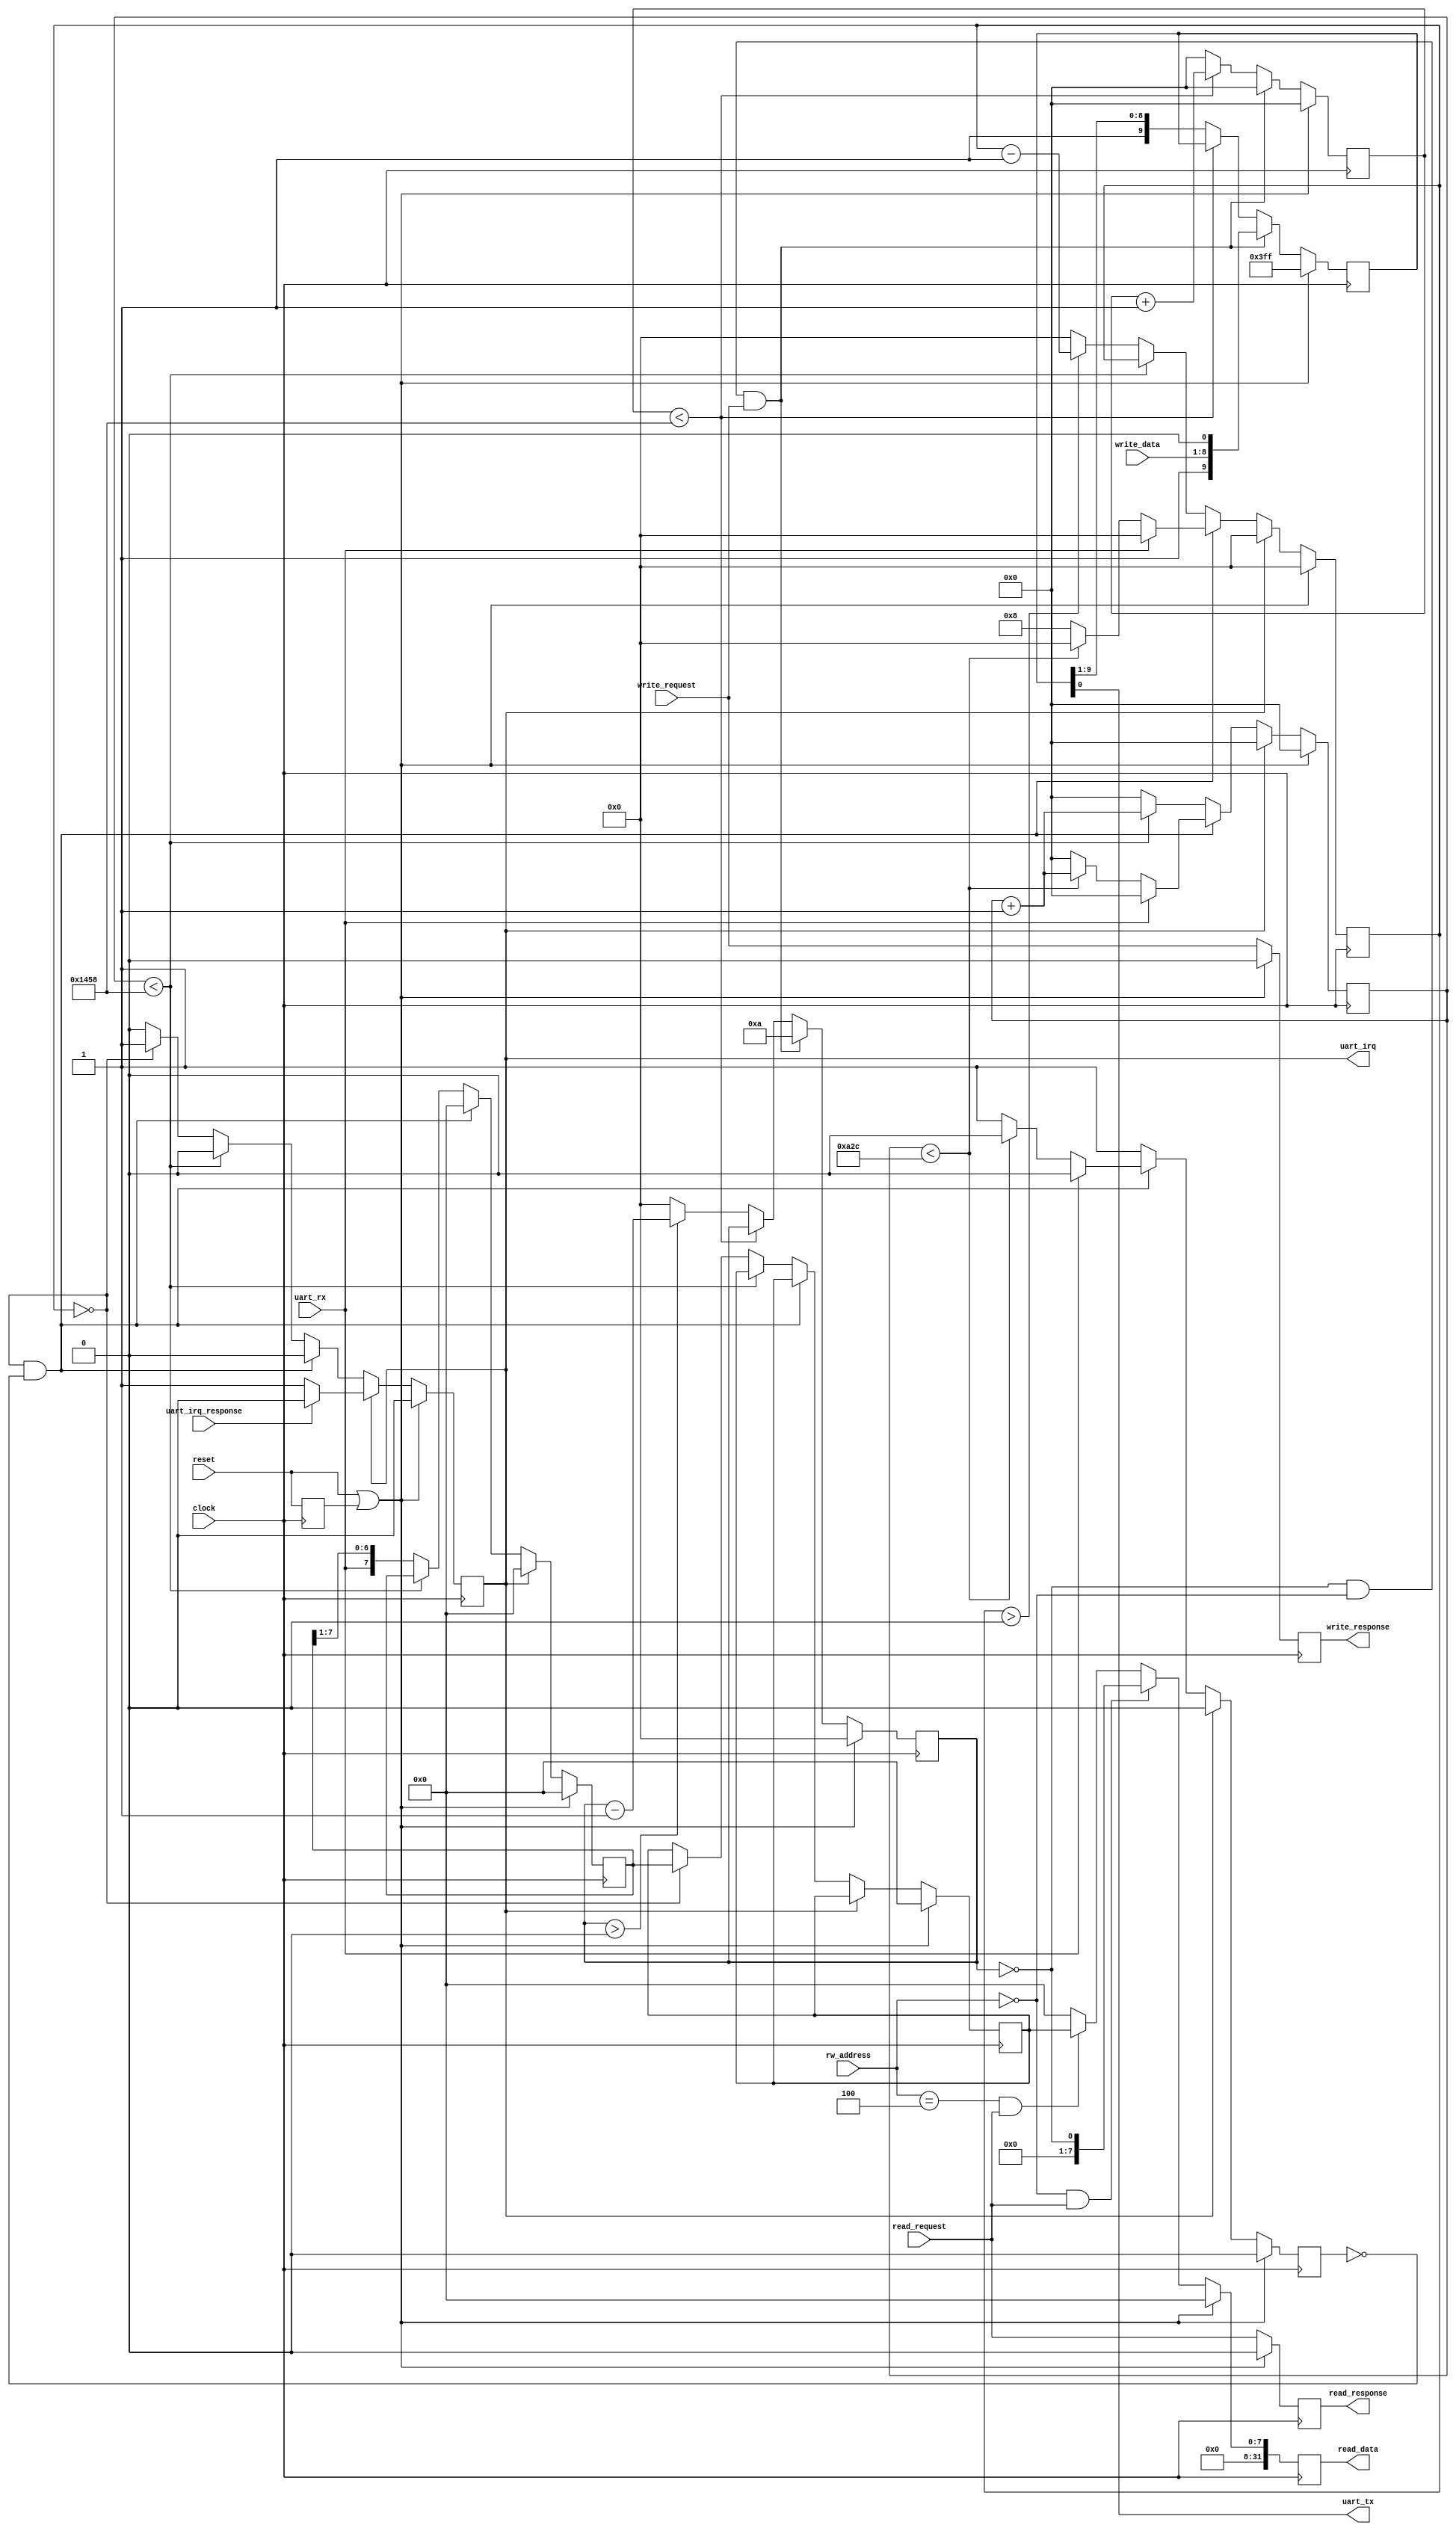
// This program was cloned from: https://github.com/riscv-steel/riscv-steel
// License: MIT License

// ----------------------------------------------------------------------------
// Copyright (c) 2020-2024 RISC-V Steel contributors
//
// This work is licensed under the MIT License, see LICENSE file for details.
// SPDX-License-Identifier: MIT
// ----------------------------------------------------------------------------

module rvsteel_uart #(

  parameter CLOCK_FREQUENCY = 50000000,
  parameter UART_BAUD_RATE  = 9600

  )(

  // Global signals

  input   wire          clock,
  input   wire          reset,

  // IO interface

  input  wire   [4:0 ]  rw_address,
  output reg    [31:0]  read_data,
  input  wire           read_request,
  output reg            read_response,
  input  wire   [7:0]   write_data,
  input  wire           write_request,
  output reg            write_response,

  // RX/TX signals

  input   wire          uart_rx,
  output  wire          uart_tx,

  // Interrupt signaling

  output  reg           uart_irq,
  input   wire          uart_irq_response

  );

  localparam CYCLES_PER_BAUD = CLOCK_FREQUENCY / UART_BAUD_RATE;

  reg [31:0] tx_cycle_counter = 0;
  reg [31:0] rx_cycle_counter = 0;
  reg [3:0]  tx_bit_counter;
  reg [3:0]  rx_bit_counter;
  reg [9:0]  tx_register;
  reg [7:0]  rx_register;
  reg [7:0]  rx_data;
  reg        rx_active;
  reg        reset_reg;

  wire       reset_internal;

  always @(posedge clock)
    reset_reg <= reset;

  assign reset_internal = reset | reset_reg;

  assign uart_tx = tx_register[0];

  always @(posedge clock) begin
    if (reset_internal) begin
      tx_cycle_counter <= 0;
      tx_register <= 10'b1111111111;
      tx_bit_counter <= 0;
    end
    else if (tx_bit_counter == 0 &&
             rw_address == 5'h00 &&
             write_request == 1'b1) begin
      tx_cycle_counter <= 0;
      tx_register <= {1'b1, write_data[7:0], 1'b0};
      tx_bit_counter <= 10;
    end
    else begin
      if (tx_cycle_counter < CYCLES_PER_BAUD) begin
        tx_cycle_counter <= tx_cycle_counter + 1;
        tx_register <= tx_register;
        tx_bit_counter <= tx_bit_counter;
      end
      else begin
        tx_cycle_counter <= 0;
        tx_register <= {1'b1, tx_register[9:1]};
        tx_bit_counter <= tx_bit_counter > 0 ? tx_bit_counter - 1 : 0;
      end
    end
  end

  always @(posedge clock) begin
    if (reset_internal) begin
      rx_cycle_counter <= 0;
      rx_register <= 8'h00;
      rx_data <= 8'h00;
      rx_bit_counter <= 0;
      uart_irq <= 1'b0;
      rx_active <= 1'b0;
    end
    else if (uart_irq == 1'b1) begin
      if (uart_irq_response == 1'b1) begin
        rx_cycle_counter <= 0;
        rx_register <= 8'h00;
        rx_data <= rx_data;
        rx_bit_counter <= 0;
        uart_irq <= 1'b0;
        rx_active <= 1'b0;
      end
      else begin
        rx_cycle_counter <= 0;
        rx_register <= 8'h00;
        rx_data <= rx_data;
        rx_bit_counter <= 0;
        uart_irq <= 1'b1;
        rx_active <= 1'b0;
      end
    end
    else if (rx_bit_counter == 0 && rx_active == 1'b0) begin
      if (uart_rx == 1'b1) begin
        rx_cycle_counter <= 0;
        rx_register <= 8'h00;
        rx_data <= rx_data;
        rx_bit_counter <= 0;
        uart_irq <= 1'b0;
        rx_active <= 1'b0;
      end
      else if (uart_rx == 1'b0) begin
        if (rx_cycle_counter < CYCLES_PER_BAUD / 2) begin
          rx_cycle_counter <= rx_cycle_counter + 1;
          rx_register <= 8'h00;
          rx_data <= rx_data;
          rx_bit_counter <= 0;
          uart_irq <= 1'b0;
          rx_active <= 1'b0;
        end
        else begin
          rx_cycle_counter <= 0;
          rx_register <= 8'h00;
          rx_data <= rx_data;
          rx_bit_counter <= 8;
          uart_irq <= 1'b0;
          rx_active <= 1'b1;
        end
      end
    end
    else begin
      if (rx_cycle_counter < CYCLES_PER_BAUD) begin
        rx_cycle_counter <= rx_cycle_counter + 1;
        rx_register <= rx_register;
        rx_data <= rx_data;
        rx_bit_counter <= rx_bit_counter;
        uart_irq <= 1'b0;
        rx_active <= 1'b1;
      end
      else begin
        rx_cycle_counter <= 0;
        rx_register <= {uart_rx, rx_register[7:1]};
        rx_data <= (rx_bit_counter == 0) ? rx_register : rx_data;
        rx_bit_counter <= rx_bit_counter > 0 ? rx_bit_counter - 1 : 0;
        uart_irq <= (rx_bit_counter == 0) ? 1'b1 : 1'b0;
        rx_active <= 1'b1;
      end
    end
  end

  always @(posedge clock) begin
    if (reset_internal) begin
      read_response  <= 1'b0;
      write_response <= 1'b0;
    end
    else begin
      read_response  <= read_request;
      write_response <= write_request;
    end
  end

  always @(posedge clock) begin
    if (reset_internal)
      read_data <= 32'h00000000;
    else if (rw_address == 5'h00 && read_request == 1'b1)
      read_data <= {31'b0, tx_bit_counter == 0};
    else if (rw_address == 5'h04 && read_request == 1'b1)
      read_data <= {24'b0, rx_data};
    else
      read_data <= 32'h00000000;
  end

endmodule